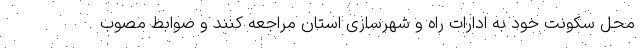
محل سکونت خود به ادارات راه و شهرسازی استان مراجعه کنند و ضوابط مصوب